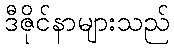
ဒီဇိုင်နာများသည်